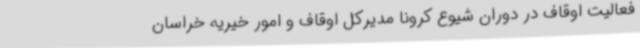
فعالیت اوقاف در دوران شیوع کرونا مدیرکل اوقاف و امور خیریه خراسان